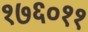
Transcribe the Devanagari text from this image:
१७६०११